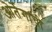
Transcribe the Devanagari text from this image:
ओर्तेगाची